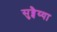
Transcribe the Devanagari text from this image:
सुब्बैय्या